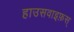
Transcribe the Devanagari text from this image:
हाउसवाइफ़स्